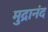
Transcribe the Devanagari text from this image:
मुद्रानंद